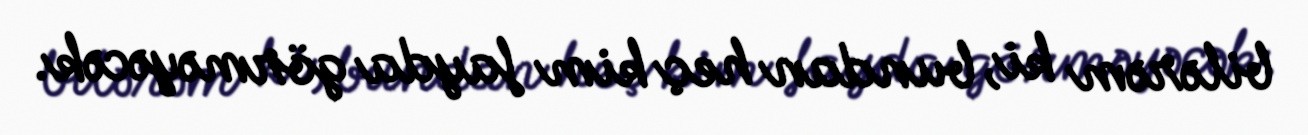
bilərəm ki, bundan heç kim fayda görməyəcək.